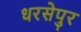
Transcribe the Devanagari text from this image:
धरसेपुर